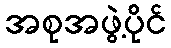
အစုအဖွဲ့ပိုင်